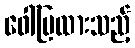
ဖေါ်ပြထားသည့်